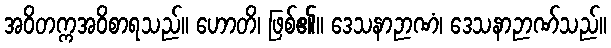
အဝိတက္ကအဝိစာရသည်။ ဟောတိ၊ ဖြစ်၏။ ဒေသနာဉာဏံ၊ ဒေသနာဉာဏ်သည်။